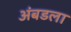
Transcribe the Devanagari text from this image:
अंबडला